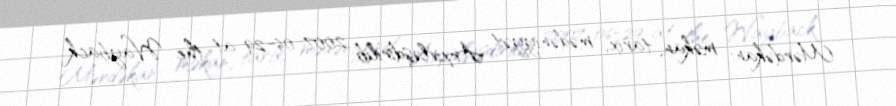
Mərdəkan: məkan, tarix, mədəniyyət Arxivləşdirilib 2007-06-29 at the Wayback